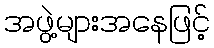
အဖွဲ့များအနေဖြင့်